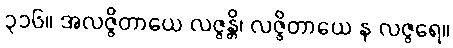
၃၁၆။ အလဇ္ဇိတာယေ လဇ္ဇန္တိ၊ လဇ္ဇိတာယေ န လဇ္ဇရေ။